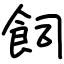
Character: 飼